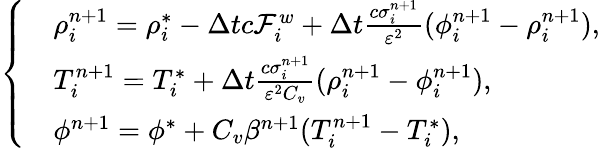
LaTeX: \left\{ \begin{array}{rl}&{\rho_{i}^{n+1}=\rho_{i}^{*}-\Delta tc\mathcal{F}_{i}^{w}+\Delta t\frac{c\sigma_{i}^{n+1}}{\varepsilon^{2}}(\phi_{i}^{n+1}-\rho_{i}^{n+1}),}\\ &{T_{i}^{n+1}=T_{i}^{*}+\Delta t\frac{c\sigma_{i}^{n+1}}{\varepsilon^{2}C_{v}}(\rho_{i}^{n+1}-\phi_{i}^{n+1}),}\\ &{\phi^{n+1}=\phi^{*}+C_{v}\beta^{n+1}(T_{i}^{n+1}-T_{i}^{*}),}\end{array}\right.